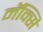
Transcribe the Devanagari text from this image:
मॅक्सि